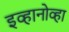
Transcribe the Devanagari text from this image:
इव्हानोव्हा